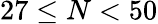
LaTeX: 27\leq N<50